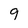
Character: 9